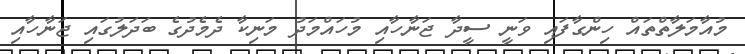
މުއާމަލާތްތައް ހިންގާފައި ވަނީ ސީދާ ޖަނާހާއި މުހައްމަދު މަނިކާ ދެމެދުގެ ބަދަލުގައި ޖަނާހާއި